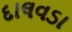
દાલવડા